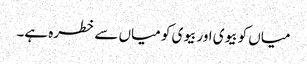
میاں کو بیوی اور بیوی کو میاں سے خطرہ ہے۔